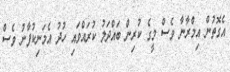
އެގޮތުން އިމްރާނާ ވެސް މީގެ ކުރިން ބައްދަލު ކުރައްވައި ހުދު އެމަނިކުފާނު ވެސް